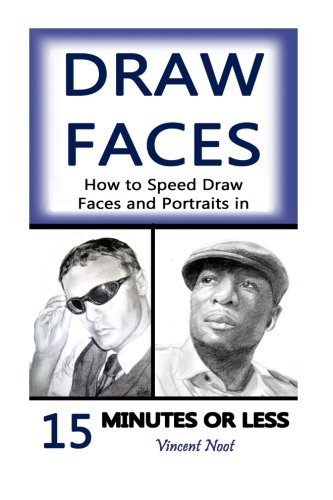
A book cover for Draw Faces: How to Speed Draw Faces and Portraits in 15 Minutes (Fast Sketching, Drawing Faces, How to Draw Portraits, Drawing Portraits, Portrait Faces, Pencil Portraits, Draw in Pencil); Vincent Noot; Arts & Photography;